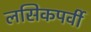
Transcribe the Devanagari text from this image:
लसिकपर्वी